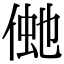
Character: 𠋞